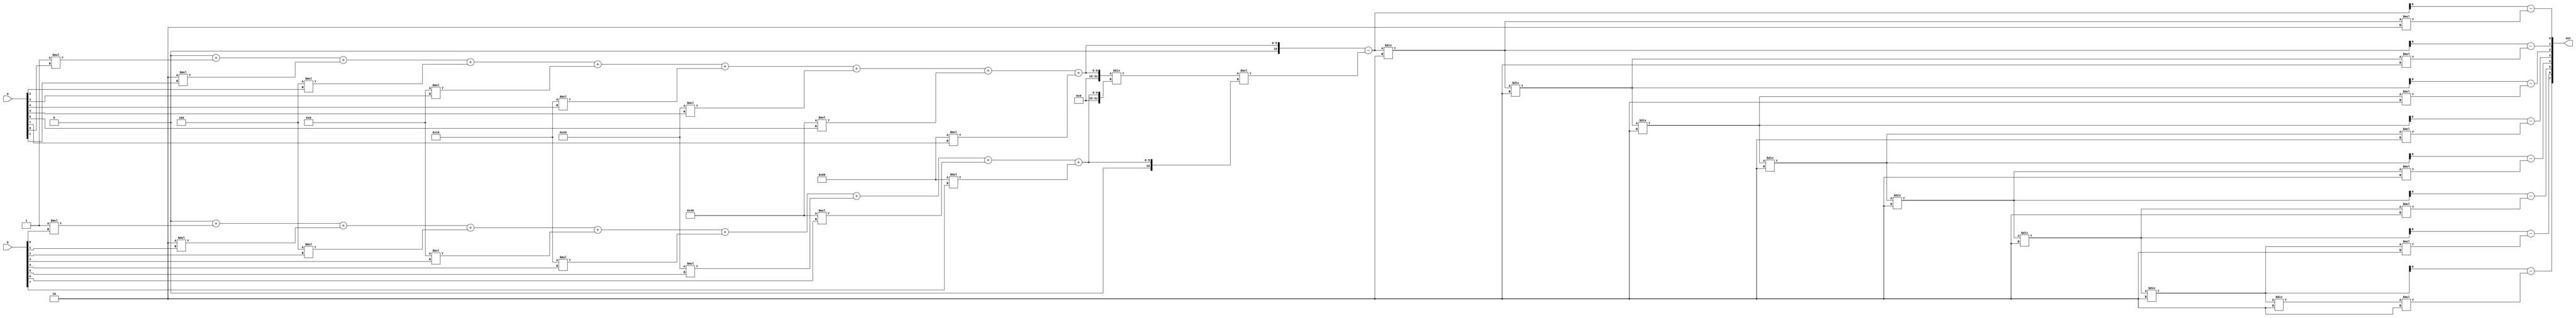
/*
   This file was generated automatically by the Mojo IDE version B1.3.4.
   Do not edit this file directly. Instead edit the original Lucid source.
   This is a temporary file and any changes made to it will be destroyed.
*/

module eightbitmod_18 (
    input [7:0] a,
    input [7:0] b,
    output reg [7:0] out
  );
  
  
  
  integer x;
  integer y;
  integer z;
  
  integer count;
  
  integer i;
  
  always @* begin
    count = 1'h1;
    x = 1'h0;
    for (i = 1'h0; i < 4'h8; i = i + 1) begin
      x = x + count * a[(i)*1+0-:1];
      count = count * 2'h2;
    end
    count = 1'h1;
    y = 1'h0;
    for (i = 1'h0; i < 4'h8; i = i + 1) begin
      y = y + count * b[(i)*1+0-:1];
      count = count * 2'h2;
    end
    z = x - (x / y * y);
    for (i = 1'h0; i < 4'h8; i = i + 1) begin
      out[(i)*1+0-:1] = z - z / 2'h2 * 2'h2;
      z = z / 2'h2;
    end
  end
endmodule